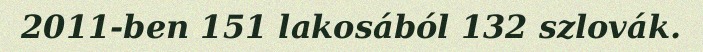
2011-ben 151 lakosából 132 szlovák.